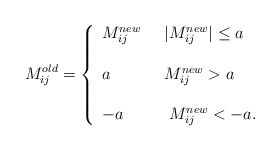
\begin{align*} M^{old}_{ij} = \left\{ \begin{array}{lll} M^{new}_{ij}& \;\;\vert M^{new}_{ij}\vert\leq a \\ \\ a & \; \;M^{new}_{ij}> a \\\\ -a &\;\;\; M^{new}_{ij}< -a. \end{array} \right. \end{align*}